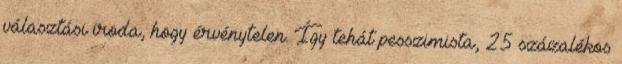
választási iroda, hogy érvénytelen. Így tehát pesszimista, 25 százalékos